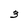
Character: 3